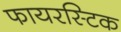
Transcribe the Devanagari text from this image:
फायरस्टिक